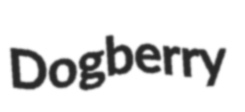
Dogberry